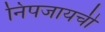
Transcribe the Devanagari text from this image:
निपजायची